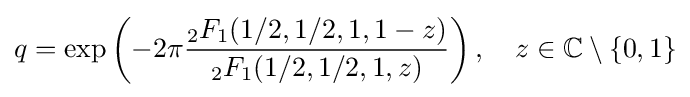
q=\exp \left(-2\pi {\frac {{}_{2}F_{1}(1/2,1/2,1,1-z)}{{}_{2}F_{1}(1/2,1/2,1,z)}}\right),\quad z\in \mathbb {C} \setminus \{0,1\}